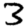
Digit: 3